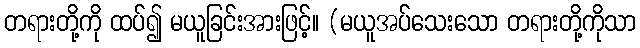
တရားတို့ကို ထပ်၍ မယူခြင်းအားဖြင့်။ (မယူအပ်သေးသော တရားတို့ကိုသာ